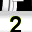
Digit: 2